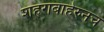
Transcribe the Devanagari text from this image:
शहराबाहेरुनच